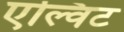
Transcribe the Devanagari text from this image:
एल्विट